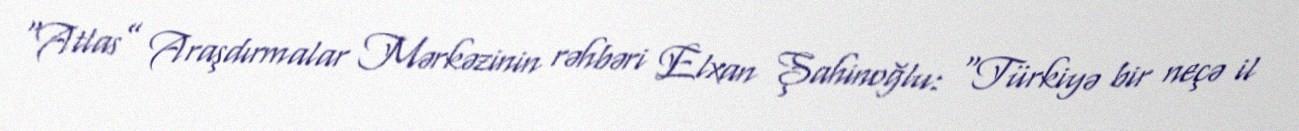
“Atlas” Araşdırmalar Mərkəzinin rəhbəri Elxan Şahinoğlu: “Türkiyə bir neçə il